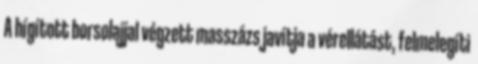
A hígított borsolajjal végzett masszázs javítja a vérellátást, felmelegíti